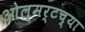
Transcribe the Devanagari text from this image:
ओल्मर्टच्या